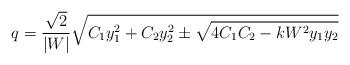
LaTeX: \begin{align*} q=\frac{\sqrt{2}}{|W|}\sqrt{C_1y_1^2+C_2y_2^2\pm \sqrt{4C_1C_2-kW^2y_1y_2}}\end{align*}